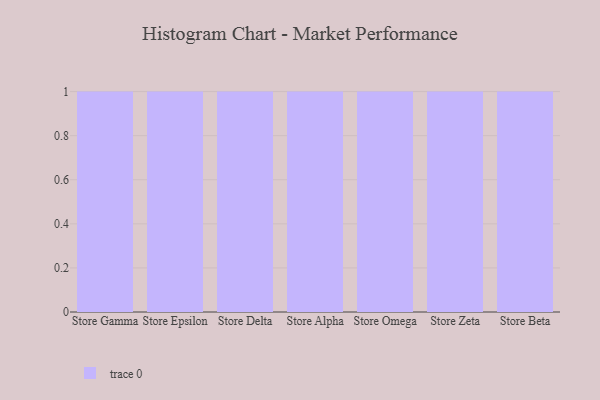
{"axis": {"x": "Store", "y": "Conversion Rate (%)"}, "legend": [""], "data": [{"x": "Store Gamma", "y": 43, "type": ""}, {"x": "Store Epsilon", "y": 13, "type": ""}, {"x": "Store Delta", "y": 68, "type": ""}, {"x": "Store Alpha", "y": 79, "type": ""}, {"x": "Store Omega", "y": 60, "type": ""}, {"x": "Store Zeta", "y": 24, "type": ""}, {"x": "Store Beta", "y": 56, "type": ""}]}